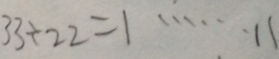
3 3 \div 2 2 = 1 \cdots 1 1